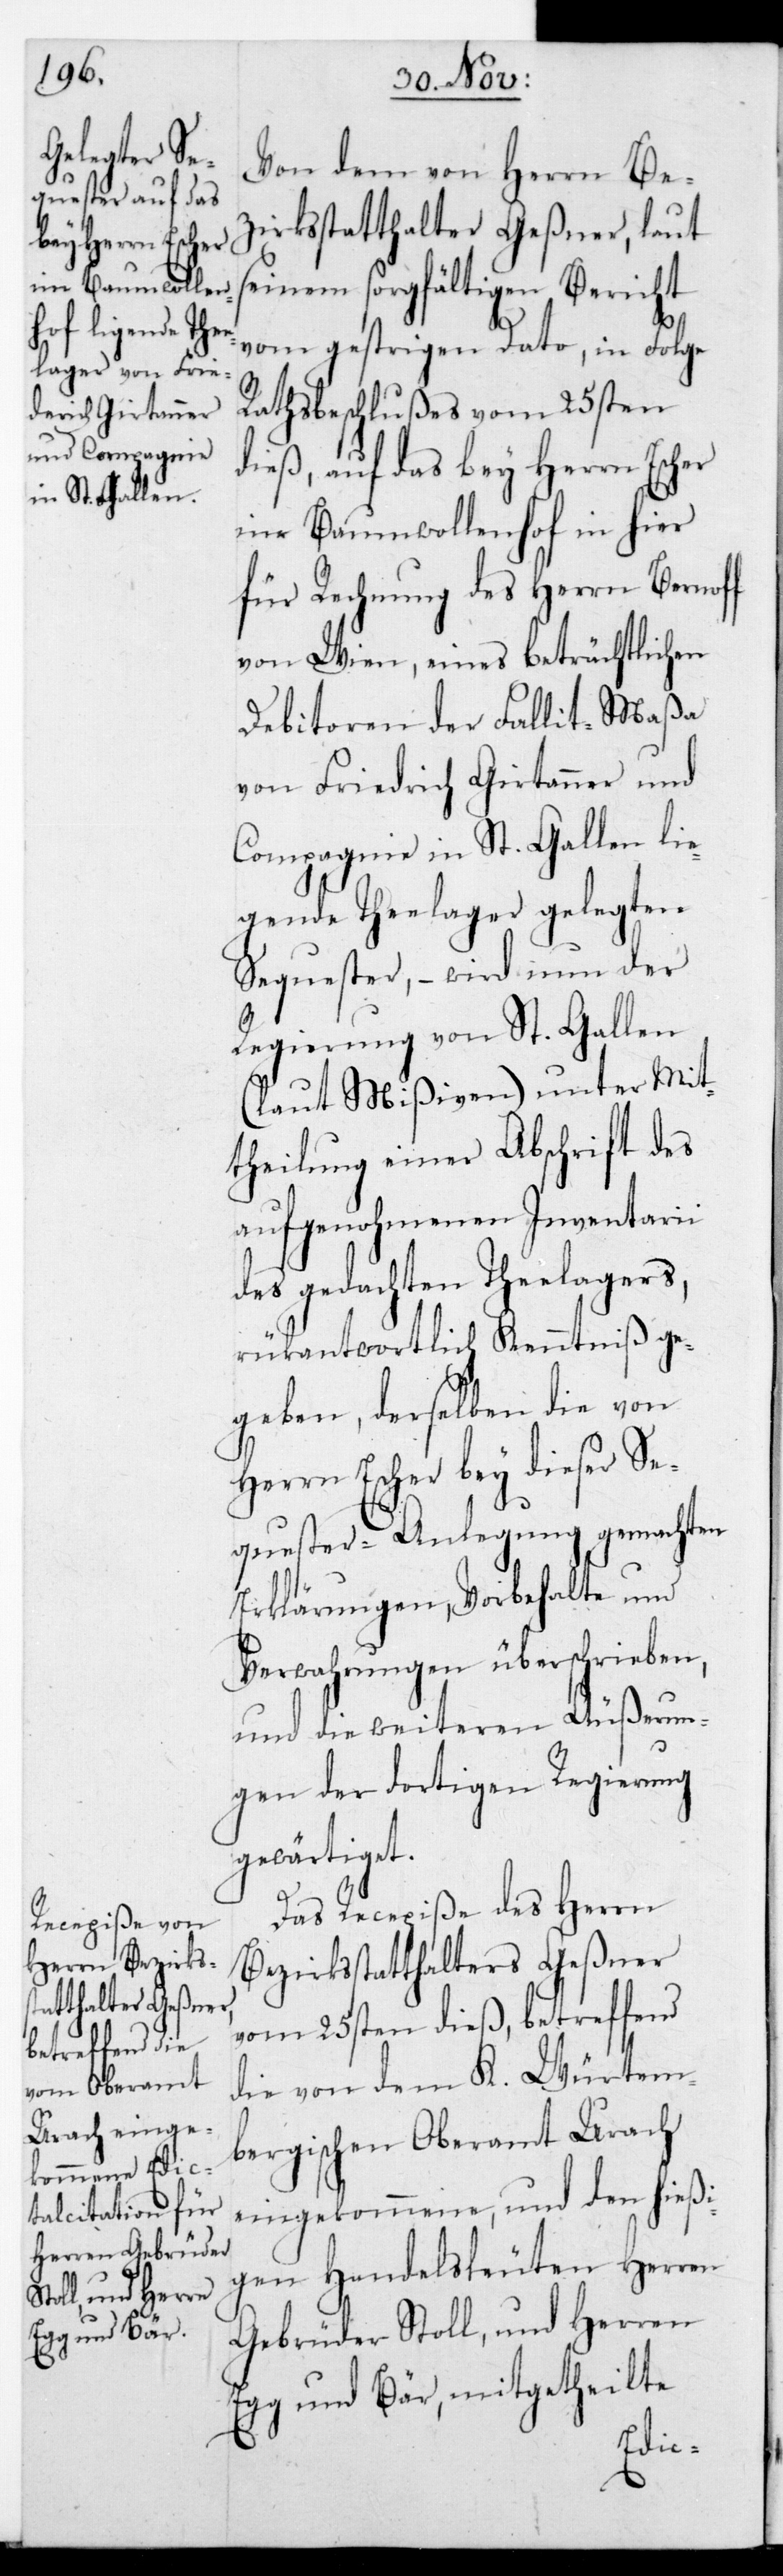
Von dem von Herrn Be¬
zirksstatthalter Geßner, laut
seinem sorgfältigen Bericht
vom gestrigen Dato, in Folge
Rathsbeschlußes vom 25sten
dieß, auf das bey Herrn Escher
im Baumwollenhof in hier
für Rechnung des Herrn Bernoff
von Wien, eines beträchtlichen
Debitoren der Fallit-Maßa
von Friedrich Girtanner und
Compagnie in St. Gallen lie¬
gende Theelager gelegten
Sequester, – wird nun der
Regierung von St. Gallen
(laut Mißiven) unter Mit¬
theilung einer Abschrift des
aufgenohmenen Inventarii
des gedachten Theelagers,
rückantwortlich Kenntniß ge¬
geben, derselben die von
Herrn Escher bey dieser Se¬
quester-Anlegung gemachten
Erklärungen, Vorbehalte und
Verwahrungen überschrieben,
und die weiteren Äußerun¬
gen der dortigen Regierung
gewärtiget.
Das Recepiße des Herrn
Bezirksstatthalters Geßner
vom 25sten dieß, betreffend
die von dem K. Würtem¬
bergischen Oberamt Urach
eingekommene, und den hießi¬
gen Handelsleuten Herren
Gebrüder Stoll und Herren
Egg und Bär, mitgetheilte